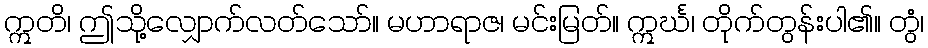
ဣတိ၊ ဤသို့လျှောက်လတ်သော်။ မဟာရာဇ၊ မင်းမြတ်။ ဣင်္ဃ၊ တိုက်တွန်းပါ၏။ တွံ၊